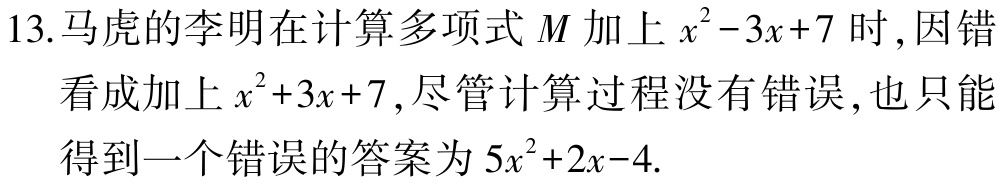
13.马虎的李明在计算多项式\(M\)加上\(x^{2}-3x + 7\)时，因错看成加上\(x^{2}+3x + 7\)，尽管计算过程没有错误，也只能得到一个错误的答案为\(5x^{2}+2x - 4\).